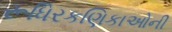
રૂધિરકણિકાઓની